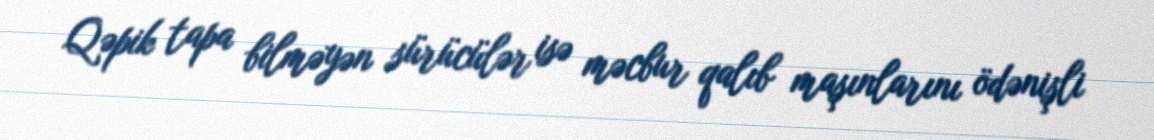
Qəpik tapa bilməyən sürücülər isə məcbur qalıb maşınlarını ödənişli